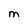
Character: M